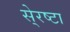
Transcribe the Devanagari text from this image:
से्रष्टा